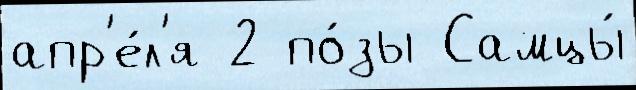
апр'е́л'я 2 по́зы Самцы́